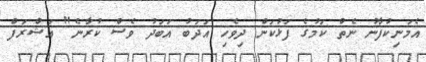
އެމަނިކުފާނު ނެތް ކަމުގެ ފަޅުކަން ދިވެހި އަދަބު އަބަދު ވެސް ކުރާނެ" އަޝްރަފް